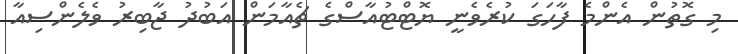
މި ގޮތުން އެންމެ ފާހަގަ ކުރެވެނީ ޔޮޓްޓުއާސްގެ ޗެއާމަން އަބުދު ޖާބިރު ވެލެންސިއާ